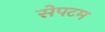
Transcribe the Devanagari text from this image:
सेपटम